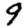
Digit: 9